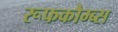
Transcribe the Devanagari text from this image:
रूफकौम्ब्स